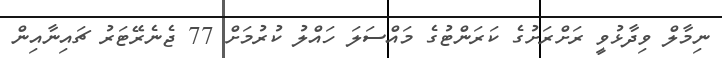
ނިމާލް ވިދާޅުވީ ރަށްރަށުގެ ކަރަންޓުގެ މައްސަލަ ހައްލު ކުރުމަށް 77 ޖެނެރޭޓަރު ޗައިނާއިން